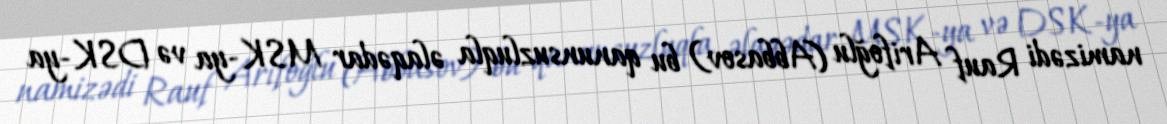
namizədi Rauf Arifoğlu (Abbasov) bu qanunsuzluqla əlaqədar MSK-ya və DSK-ya